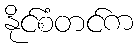
နိုင်စံတင်က